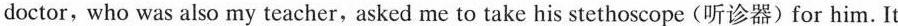
doctor,who was also my teacher,asked me to take his stethoscope (听诊器)for him. It